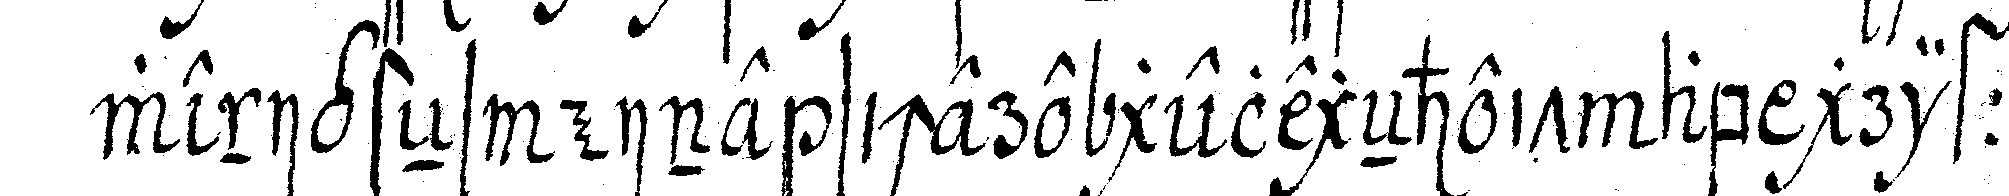
wenigsteNs eine sichere gelegeNheit ab griffe